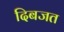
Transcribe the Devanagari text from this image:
दिबजत